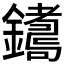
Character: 𨮩